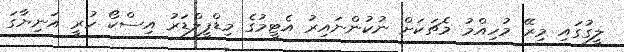
ލީގުގައި މިރޭ މުހިއްމު މެޗަކަށް ނުކުންނައިރު އެޓީމުގެ މިޑްފީލްޑަރު އިސްކޯ ހުރީ އަނިޔާގަ